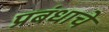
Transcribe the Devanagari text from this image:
प्रबंधाचे